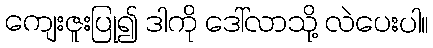
ကျေးဇူးပြု၍ ဒါကို ဒေါ်လာသို့ လဲပေးပါ။